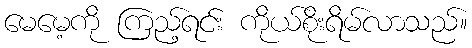
မေမေ့ကို ကြည့်ရင်း ကိုယ်စိုးရိမ်လာသည်။